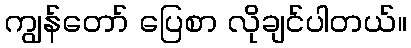
ကျွန်တော် ပြေစာ လိုချင်ပါတယ်။